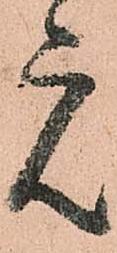
元